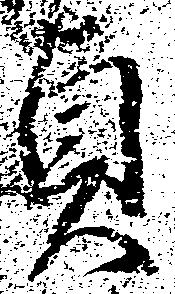
貞